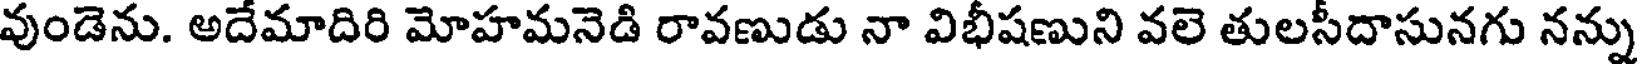
వుండెను. అదేమాదిరి మోహమనెడి రావణుడు నా విభీషణుని వలె తులసీదాసునగు నన్ను